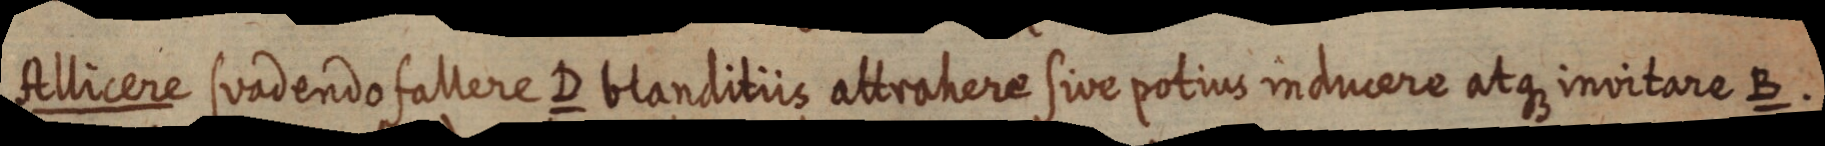
Allicere suadendo fallere D blanditiis attrahere sive potius inducere atque invitare B.